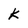
Character: k